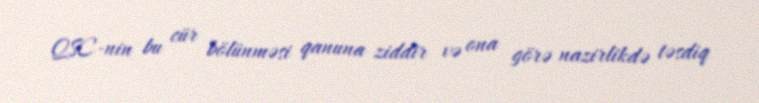
QSC-nin bu cür bölünməsi qanuna ziddir və ona görə nazirlikdə təsdiq